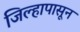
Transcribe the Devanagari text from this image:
जिल्हापासून